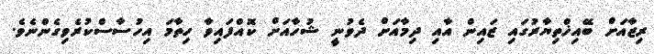
ރިޒާއަށް ބޭއިޚްތިޔާރުގައި ޒައިން އާއި ދިމާއަށް ދެވުނީ ޝުހާއަށް ކޮއްފައިވާ ހިތާމަ އިހުސާސްކުރެވިގެންނެވެ.